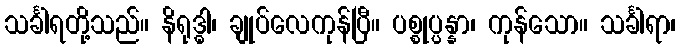
သင်္ခါရတို့သည်။ နိရုဒ္ဓါ၊ ချုပ်လေကုန်ပြီ။ ပစ္စုပ္ပန္နာ၊ ကုန်သော။ သင်္ခါရာ၊